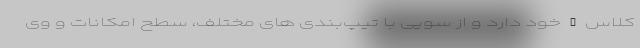
کلاس C خود دارد و از سویی با تیپ‌بندی های مختلف، سطح امکانات و وی